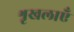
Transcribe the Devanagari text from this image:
श्रृखलाएँ